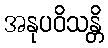
အနုပဝိသန္တိ